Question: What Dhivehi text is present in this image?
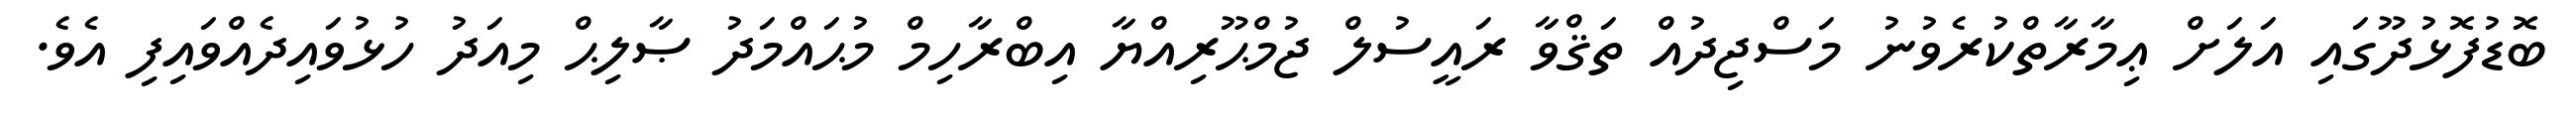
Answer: ބޮޑުފޮޅުދޫގައި އަލަށް ޢިމާރާތްކުރެވުނު މަސްޖިދުއް ތަޤްވާ ރައީސުލް ޖުމްޙޫރިއްޔާ އިބްރާހިމް މުޙައްމަދު ޞާލިޙް މިއަދު ހުޅުވައިދެއްވައިފި އެވެ.